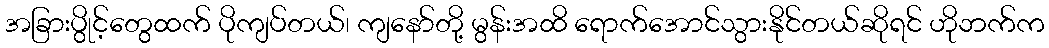
အခြားပွိုင့်တွေထက် ပိုကျပ်တယ်၊ ကျနော်တို့ မွန်းအထိ ရောက်အောင်သွားနိုင်တယ်ဆိုရင် ဟိုဘက်က